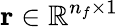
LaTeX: \mathbf{r}\in\mathbb{R}^{n_{f}\times 1}